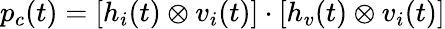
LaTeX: p_{c}(t)=\left[h_{i}(t)\otimes v_{i}(t)\right]\cdot\left[h_{v}(t)\otimes v_{i}(t)\right]